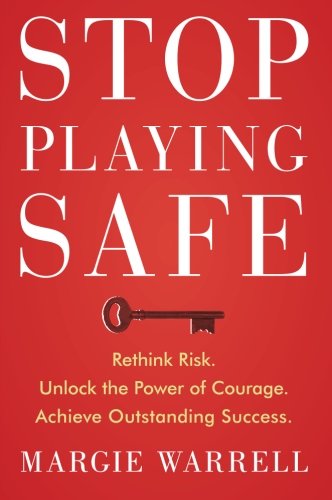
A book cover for Stop Playing Safe: Rethink Risk. Unlock the Power of Courage. Achieve Outstanding Success; Margie Warrell; Education & Teaching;